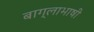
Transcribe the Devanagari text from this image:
बाग्लाभाषी